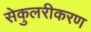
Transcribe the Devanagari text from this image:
सेकुलरीकरण